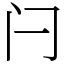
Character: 闩